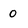
Character: 0